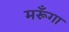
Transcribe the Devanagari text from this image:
मरूँगा